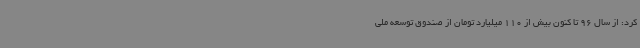
کرد: از سال 96 تا کنون بیش از 110 میلیارد تومان از صندوق توسعه ملی